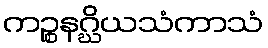
ကဉ္စနဂ္ဃိယသံကာသံ